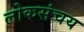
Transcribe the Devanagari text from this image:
लोकसंचय